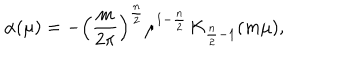
\alpha ( \mu ) = - \left( \frac { m } { 2 \pi } \right) ^ { \frac { n } 2 } \mu ^ { 1 - \frac { n } 2 } \, \mathrm { K } _ { \frac { n } 2 - 1 } ( m \mu ) ,